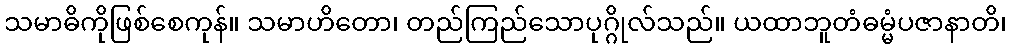
သမာဓိကိုဖြစ်စေကုန်။ သမာဟိတော၊ တည်ကြည်သောပုဂ္ဂိုလ်သည်။ ယထာဘူတံဓမ္မံပဇာနာတိ၊